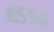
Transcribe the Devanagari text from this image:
४५५४